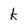
Character: k